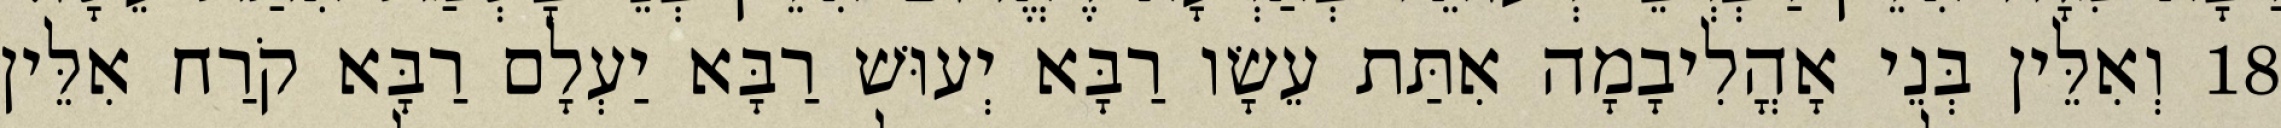
18 וְאִלֵּין בְּנֵי אָהֳלִיבָמָה אִתַּת עֵשָׂו רַבָּא יְעוּשׁ רַבָּא יַעְלָם רַבָּא קֹרַח אִלֵּין